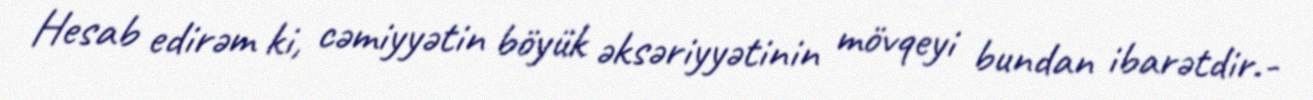
Hesab edirəm ki, cəmiyyətin böyük əksəriyyətinin mövqeyi bundan ibarətdir.-